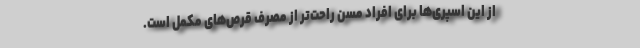
از این اسپری‌ها برای افراد مسن راحت‌تر از مصرف قرص‌های مکمل است.